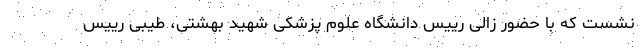
نشست که با حضور زالی رییس دانشگاه علوم پزشکی شهید بهشتی، طیبی رییس